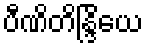
ပီဏိတိန္ဒြိယေ